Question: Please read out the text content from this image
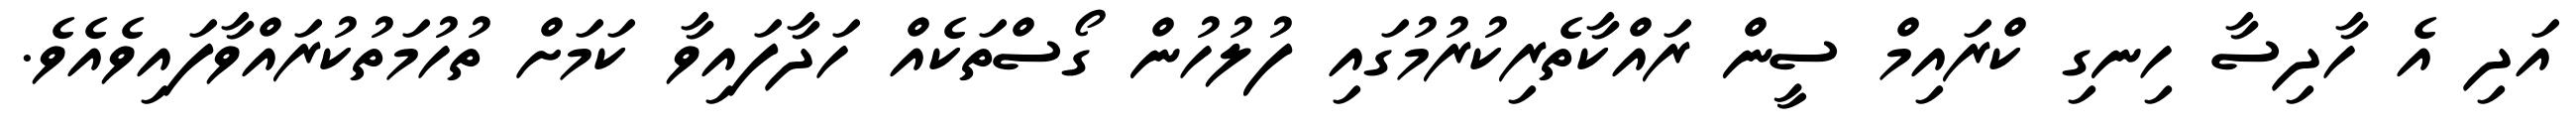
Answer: އަދި އެ ހާދިސާ ހިނގި ކްރައިމް ސީން ރައްކާތެރިކުރުމުގައި ފުލުހުން ގޯސްތަކެއް ހަދާފައިވާ ކަމަށް ތުހުމަތުކުރައްވާފައިވެއެވެ.